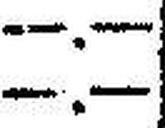
—.—